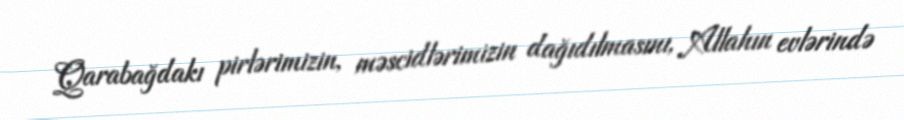
Qarabağdakı pirlərimizin, məscidlərimizin dağıdılmasını, Allahın evlərində